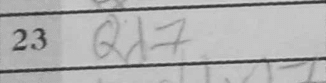
Transcription: Qd7